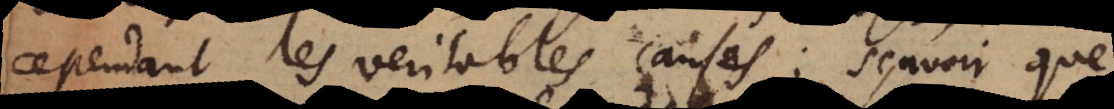
cependant les veritables causes, sçavoir que